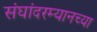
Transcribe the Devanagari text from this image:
संघांदरम्यानच्या